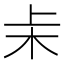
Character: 𬂞